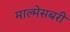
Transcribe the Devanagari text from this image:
माल्मेसबरी